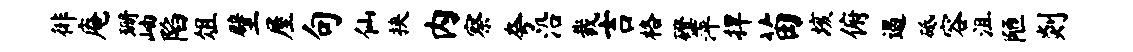
徘庵珊岫陷俎壁屋句仙挟内察夸沿裁吉格磴萍捍苗垓俯遏砥容沮陋剡